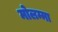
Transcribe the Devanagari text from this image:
मोलम्मा